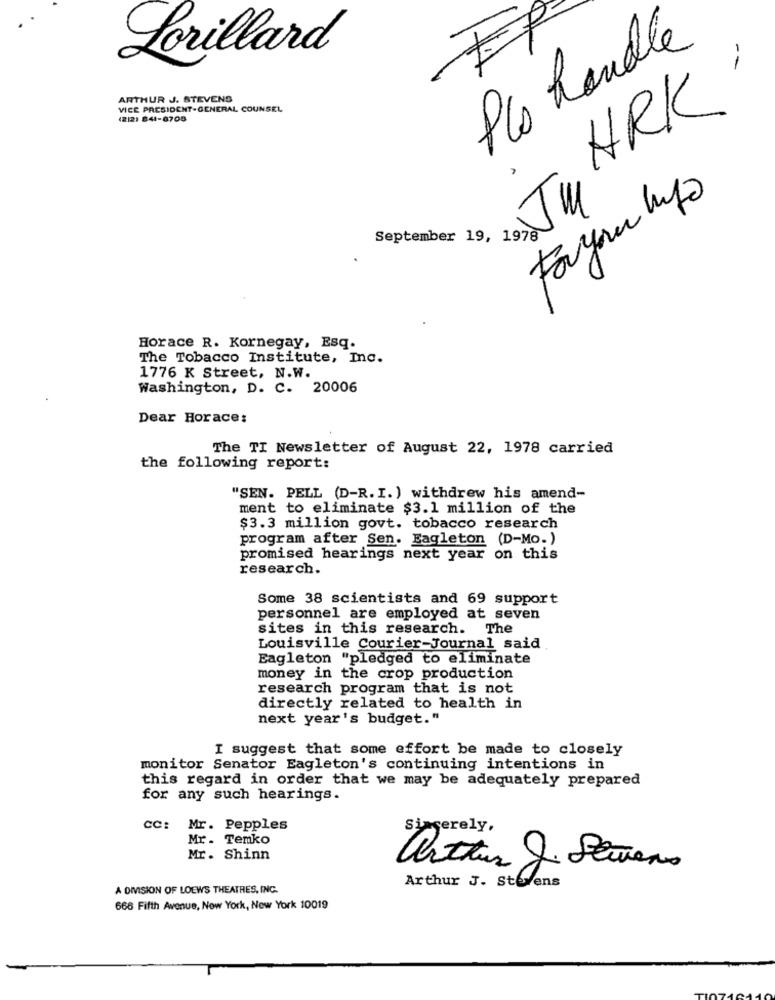
EP
Plo handle
Lorillard
ARTHUR J. STEVENS
VICE PRESIDENT-GENERAL COUNSEL
ARK
(2/2) 841-0705
Foryan hipo
September 19, 1978
Horace R. Kornegay, Esq.
The Tobacco Institute, Inc.
1776 K Street, N.W.
Washington, D. C. 20006
Dear Horace:
The TI Newsletter of August 22, 1978 carried
the following report:
"SEN. PELL (D-R. I. ) withdrew his amend-
ment to eliminate $3.1 million of the
$3.3 million govt. tobacco research
program after Sen. Eagleton (D-Mo.)
promised hearings next year on this
research.
Some 38 scientists and 69 support
personnel are employed at seven
sites in this research. The
Louisville Courier-Journal said
Eagleton "pledged to eliminate
money in the crop production
research program that is not
directly related to health in
next year's budget."
I suggest that some effort be made to closely
monitor Senator Eagleton's continuing intentions in
this regard in order that we may be adequately prepared
for any such hearings.
CC: Mr. Pepples
serely.
Mr. Temko
Mr. Shinn
arthur J. Serveres
Arthur J. Stevens
A DIVISION OF LOEWS THEATRES, INC.
666 Fifth Avenue, New York, New York 10019